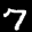
Label: 7